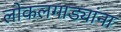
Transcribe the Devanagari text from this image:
लोकलगाड्यांना